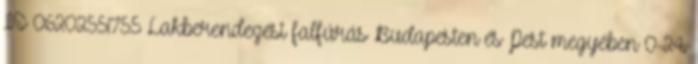
IS 06202551755 Lakberendezési falfúrás Budapesten és Pest megyében 0-24.